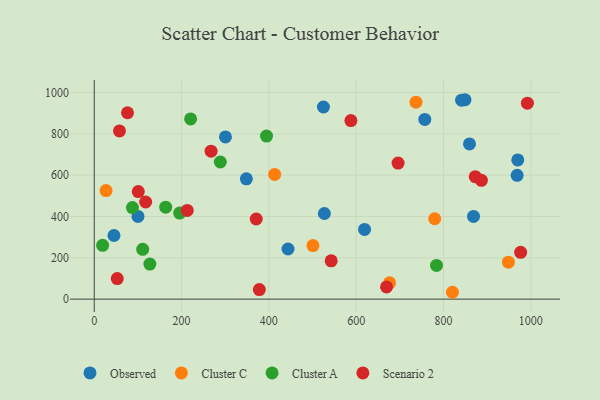
{"axis": {"x": "Distance", "y": "Fuel Efficiency"}, "legend": ["Cluster A", "Cluster C", "Observed", "Scenario 2"], "data": [{"x": "45.2", "y": 308.1, "type": "Observed"}, {"x": "757.3", "y": 869.9, "type": "Observed"}, {"x": "868.9", "y": 400.5, "type": "Observed"}, {"x": "859.7", "y": 751.5, "type": "Observed"}, {"x": "968.8", "y": 599.4, "type": "Observed"}, {"x": "849.4", "y": 965.5, "type": "Observed"}, {"x": "443.9", "y": 242.7, "type": "Observed"}, {"x": "525.1", "y": 930.3, "type": "Observed"}, {"x": "300.6", "y": 785.6, "type": "Observed"}, {"x": "348.5", "y": 582.7, "type": "Observed"}, {"x": "619.3", "y": 337.5, "type": "Observed"}, {"x": "100.2", "y": 400.5, "type": "Observed"}, {"x": "970.3", "y": 674.2, "type": "Observed"}, {"x": "527.2", "y": 414.7, "type": "Observed"}, {"x": "841.6", "y": 963.2, "type": "Observed"}, {"x": "27.1", "y": 525.6, "type": "Cluster C"}, {"x": "780.0", "y": 389.2, "type": "Cluster C"}, {"x": "948.8", "y": 179.1, "type": "Cluster C"}, {"x": "676.6", "y": 78.8, "type": "Cluster C"}, {"x": "820.6", "y": 33.2, "type": "Cluster C"}, {"x": "501.1", "y": 259.3, "type": "Cluster C"}, {"x": "413.3", "y": 604.0, "type": "Cluster C"}, {"x": "737.1", "y": 953.8, "type": "Cluster C"}, {"x": "163.7", "y": 445.3, "type": "Cluster A"}, {"x": "394.7", "y": 789.7, "type": "Cluster A"}, {"x": "87.5", "y": 443.1, "type": "Cluster A"}, {"x": "19.2", "y": 260.6, "type": "Cluster A"}, {"x": "195.7", "y": 416.9, "type": "Cluster A"}, {"x": "127.4", "y": 169.9, "type": "Cluster A"}, {"x": "288.8", "y": 664.0, "type": "Cluster A"}, {"x": "784.1", "y": 163.2, "type": "Cluster A"}, {"x": "220.8", "y": 872.6, "type": "Cluster A"}, {"x": "111.0", "y": 241.2, "type": "Cluster A"}, {"x": "696.1", "y": 659.0, "type": "Scenario 2"}, {"x": "213.0", "y": 429.4, "type": "Scenario 2"}, {"x": "52.7", "y": 99.3, "type": "Scenario 2"}, {"x": "371.1", "y": 387.9, "type": "Scenario 2"}, {"x": "887.0", "y": 575.4, "type": "Scenario 2"}, {"x": "57.8", "y": 814.3, "type": "Scenario 2"}, {"x": "117.8", "y": 470.4, "type": "Scenario 2"}, {"x": "100.9", "y": 520.7, "type": "Scenario 2"}, {"x": "976.9", "y": 226.5, "type": "Scenario 2"}, {"x": "542.8", "y": 185.3, "type": "Scenario 2"}, {"x": "76.2", "y": 902.5, "type": "Scenario 2"}, {"x": "669.7", "y": 59.0, "type": "Scenario 2"}, {"x": "992.3", "y": 948.9, "type": "Scenario 2"}, {"x": "588.0", "y": 864.4, "type": "Scenario 2"}, {"x": "378.2", "y": 46.2, "type": "Scenario 2"}, {"x": "872.9", "y": 592.7, "type": "Scenario 2"}, {"x": "267.7", "y": 716.6, "type": "Scenario 2"}]}